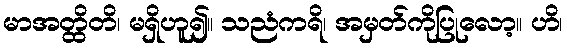
မာအတ္ထိတိ၊ မရှိဟူ၍။ သညံကရိ၊ အမှတ်ကိုပြုလော့။ ဟိ၊